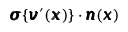
{ \pmb \sigma } \{ { \pmb v } ^ { \prime } ( { \pmb x } ) \} \cdot { \pmb n } ( { \pmb x } )